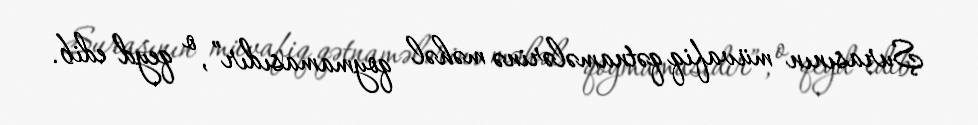
Şurasının müvafiq qətnamələrinə məhəl qoymamasıdır”, o qeyd edib.